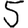
Digit: 5